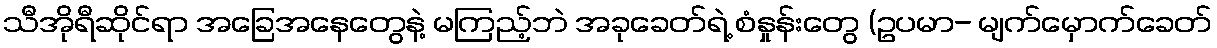
သီအိုရီဆိုင်ရာ အခြေအနေတွေနဲ့ မကြည့်ဘဲ အခုခေတ်ရဲ့ စံနှုန်းတွေ (ဥပမာ- မျက်မှောက်ခေတ်